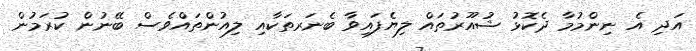
އަދި އެ ނިންމުމާ ދެކޮޅު ޝުއޫރުތައް ލިޔެފައިވާ ބެނަރތަކާއި ލިއުންތައްވެސް ބޭނުން ކުރަމުން